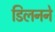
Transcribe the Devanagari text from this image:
डिलनने